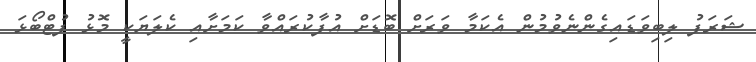
ޝަރަފު ލިބިވަޑައިގެންނެވުމުން އެކަމާ ވަރަށް ބޮޑަށް އުފާކުރައްވާ ކަމަށާއި ކެލަޔަކީ މޮޅު ފުޓްބޯޅަ